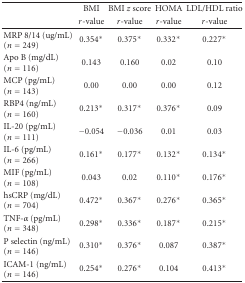
|  | BMI | BMI z score | HOMA | LDL/HDL ratio |
 |  | r-value | r-value | r-value | r-value |
 | --- | --- | --- | --- | --- |
 | MRP 8/14 (ug/mL) (n = 249) | 0.354* | 0.375* | 0.332* | 0.227* |
 | Apo B (mg/dL) (n = 116) | 0.143 | 0.160 | 0.02 | 0.10 |
 | MCP (pg/mL) (n = 143) | 0.00 | 0.00 | 0.00 | 0.12 |
 | RBP4 (ng/mL) (n = 160) | 0.213* | 0.317* | 0.376* | 0.09 |
 | IL-20 (pg/mL) (n = 111) | −0.054 | −0.036 | 0.01 | 0.03 |
 | IL-6 (pg/mL) (n = 266) | 0.161* | 0.177* | 0.132* | 0.134* |
 | MIF (pg/mL) (n = 108) | 0.043 | 0.02 | 0.110* | 0.176* |
 | hsCRP (mg/dL) (n = 704) | 0.472* | 0.367* | 0.276* | 0.365* |
 | TNF-α (pg/mL) (n = 348) | 0.298* | 0.336* | 0.187* | 0.215* |
 | P selectin (ng/mL) (n = 146) | 0.310* | 0.376* | 0.087 | 0.387* |
 | ICAM-1 (ng/mL) (n = 146) | 0.254* | 0.276* | 0.104 | 0.413* |